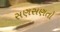
સણસણતો